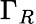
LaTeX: \Gamma_{R}